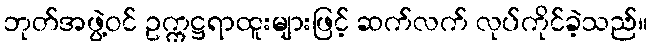
ဘုတ်အဖွဲ့ဝင် ဥက္ကဋ္ဌရာထူးများဖြင့် ဆက်လက် လုပ်ကိုင်ခဲ့သည်။